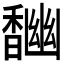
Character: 𩡎